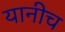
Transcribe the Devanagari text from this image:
यानीच